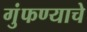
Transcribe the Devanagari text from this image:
गुंफण्याचे